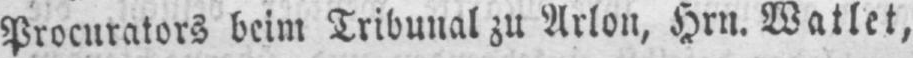
Procurators beim Tribunal zu Arlon, Hrn. Watlet,